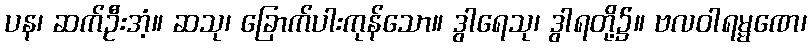
ပန၊ ဆက်ဦးအံ့။ ဆသု၊ ခြောက်ပါးကုန်သော။ ဒွါရေသု၊ ဒွါရတို့၌။ ဗလဝါရမ္မဏေ၊